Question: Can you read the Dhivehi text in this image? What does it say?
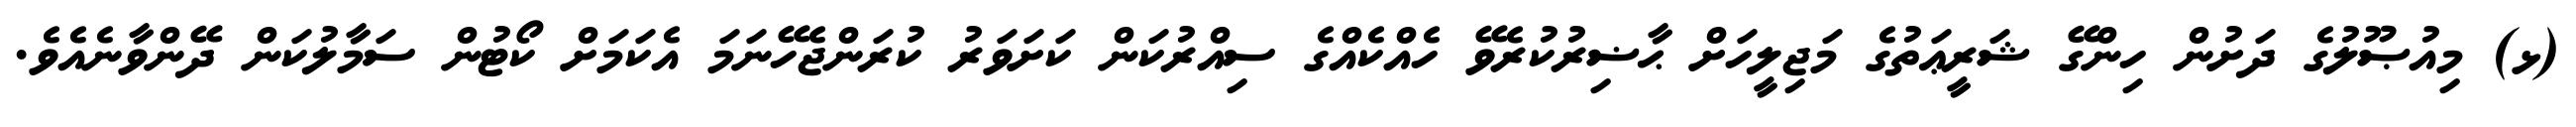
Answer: (ޅ) މިއުޞޫލުގެ ދަށުން ހިންގޭ ޝަރީޢަތުގެ މަޖިލީހަށް ޙާޟިރުކުރެވޭ ހެއްކެއްގެ ސިއްރުކަން ކަށަވަރު ކުރަންޖެހޭނަމަ އެކަމަށް ކޯޓުން ސަމާލުކަން ދޭންވާނެއެވެ.